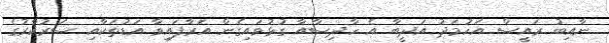
ނާއިބު ރައީސް އަހުމަދު އަދީބާ އެ ހާދިސާއާ ގުޅުވައިގެން އަރާފައިވާ އަޑުތަކާއި ސަރުކާރުގެ